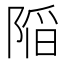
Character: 𨺻